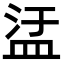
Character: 盓